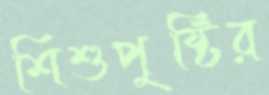
শিশুপুষ্টির